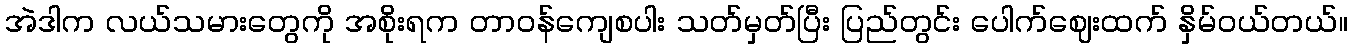
အဲဒါက လယ်သမားတွေကို အစိုးရက တာဝန်ကျေစပါး သတ်မှတ်ပြီး ပြည်တွင်း ပေါက်ဈေးထက် နှိမ်ဝယ်တယ်။